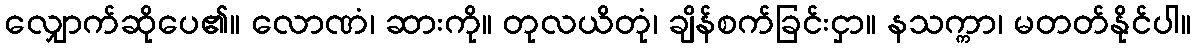
လျှောက်ဆိုပေ၏။ လောဏံ၊ ဆားကို။ တုလယိတုံ၊ ချိန်စက်ခြင်းငှာ။ နသက္ကာ၊ မတတ်နိုင်ပါ။